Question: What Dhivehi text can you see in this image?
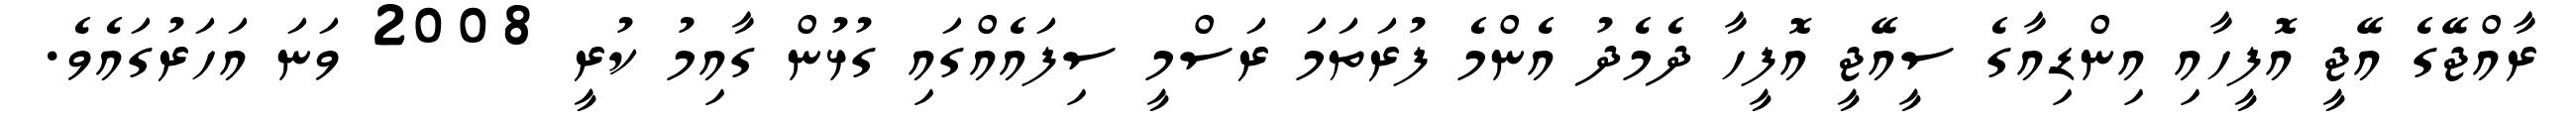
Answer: ރާއްޖޭގެ އޭޖީ އޮފީހާއި އިންޑިއާގެ ސީއޭޖީ އޮފީހާ ދެމެދު އެންމެ ފުރަތަމަ ރަސްމީ ސިފައެއްގައި ގުޅުން ގާއިމު ކުރީ 2008 ވަނަ އަހަރުގައެވެ.